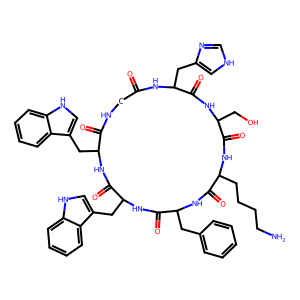
SMILES: NCCCCC1NC(=O)C(CO)NC(=O)C(Cc2c[nH]cn2)NC(=O)CNC(=O)C(Cc2c[nH]c3ccccc23)NC(=O)C(Cc2c[nH]c3ccccc23)NC(=O)C(Cc2ccccc2)NC1=O
Inhibits HIV replication: No